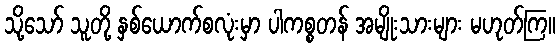
သို့သော် သူတို့ နှစ်ယောက်စလုံးမှာ ပါကစ္စတန် အမျိုးသားများ မဟုတ်ကြ။